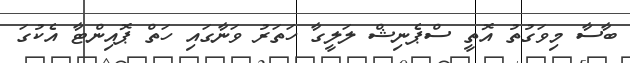
ބާސާ މިވަގުތު އޮތީ ސްޕެނިޝް ލަލީގާ ހަތަރު ވަނާގައި ހަތް ޕޮއިންޓާ އެކުގަ